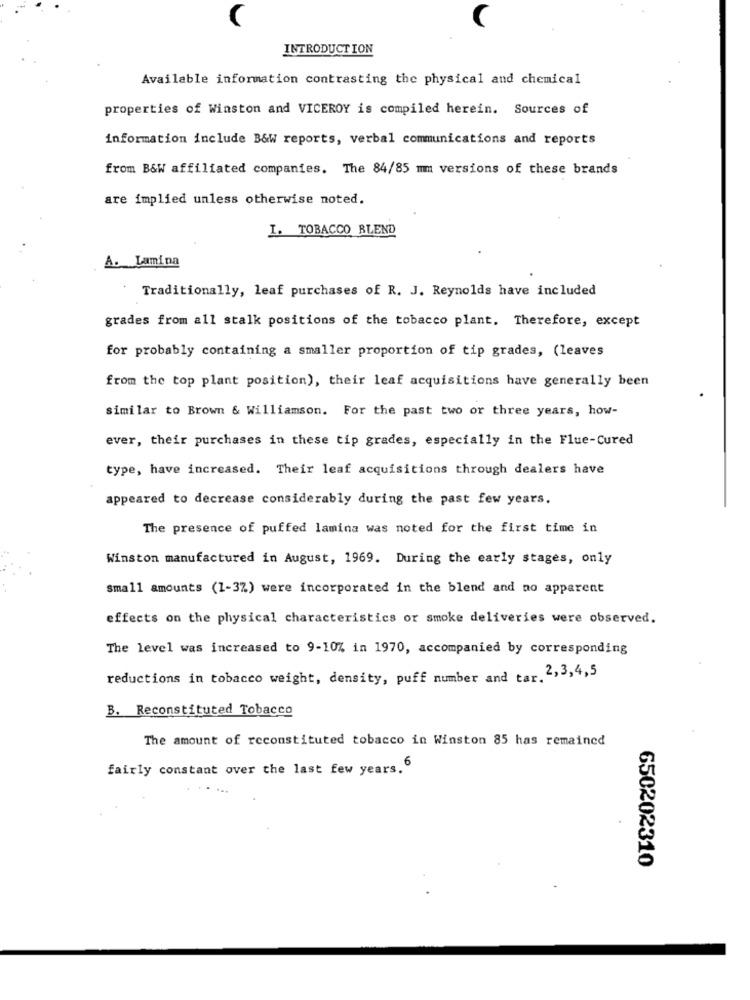
INTRODUCTION
Available information contrasting the physical and chemical
properties of Winston and VICEROY is compiled herein. Sources of
information include B&W reports, verbal communications and reports
from B&W affiliated companies. The 84/85 mm versions of these brands
are implied unless otherwise noted.
I. TOBACCO BLEND
A. Lamina
Traditionally, leaf purchases of R. J. Reynolds have included
grades from all stalk positions of the tobacco plant. Therefore, except
for probably containing a smaller proportion of tip grades, (leaves
from the top plant position), their leaf acquisitions have generally been
similar to Brown & Williamson. For the past two or three years, how-
ever, their purchases in these tip grades, especially in the Flue-Cured
type, have increased. Their leaf acquisitions through dealers have
appeared to decrease considerably during the past few years.
The presence of puffed lamina was noted for the first time in
Winston manufactured in August, 1969. During the early stages, only
small amounts (1-3%) were incorporated in the blend and no apparent
effects on the physical characteristics or smoke deliveries were observed.
The level was increased to 9-10% in 1970, accompanied by corresponding
reductions in tobacco weight, density, puff number and tar. 2,3,4,5
B. Reconstituted Tobacco
The amount of reconstituted tobacco in Winston 85 has remained
fairly constant over the last few years.6
650202310